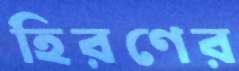
হিরণের